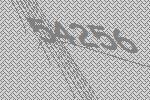
54256